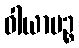
ဝါယာမဉ္စ